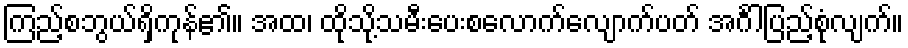
ကြည့်စဘွယ်ရှိကုန်၏။ အထ၊ ထိုသို့သမီးပေးစလောက်လျောက်ပတ် အင်္ဂါပြည့်စုံလျက်။